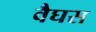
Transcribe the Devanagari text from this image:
वैघस